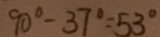
9 0 ^ { \circ } - 3 7 ^ { \circ } = 5 3 ^ { \circ }